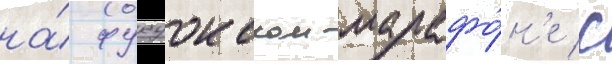
на́ фукуокском марафо́н'е с